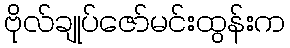
ဗိုလ်ချုပ်ဇော်မင်းထွန်းက